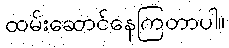
ထမ်းဆောင်နေကြတာပါ။